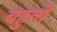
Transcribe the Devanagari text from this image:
बहुतो